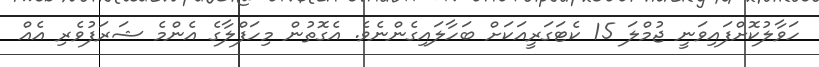
ހަވާލުކޮށްފައިވަނީ ޖުމްލަ 15 ކެޓަގަރީއަކަށް ބަހާލައިގެންނެވެ. އެގޮތުން މިހަފްލާގެ އެންމެ ޝަރަފުވެރި އެއް